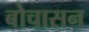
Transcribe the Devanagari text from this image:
बोचासन